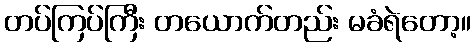
တပ်ကြပ်ကြီး တယောက်တည်း မခံရဲတော့။